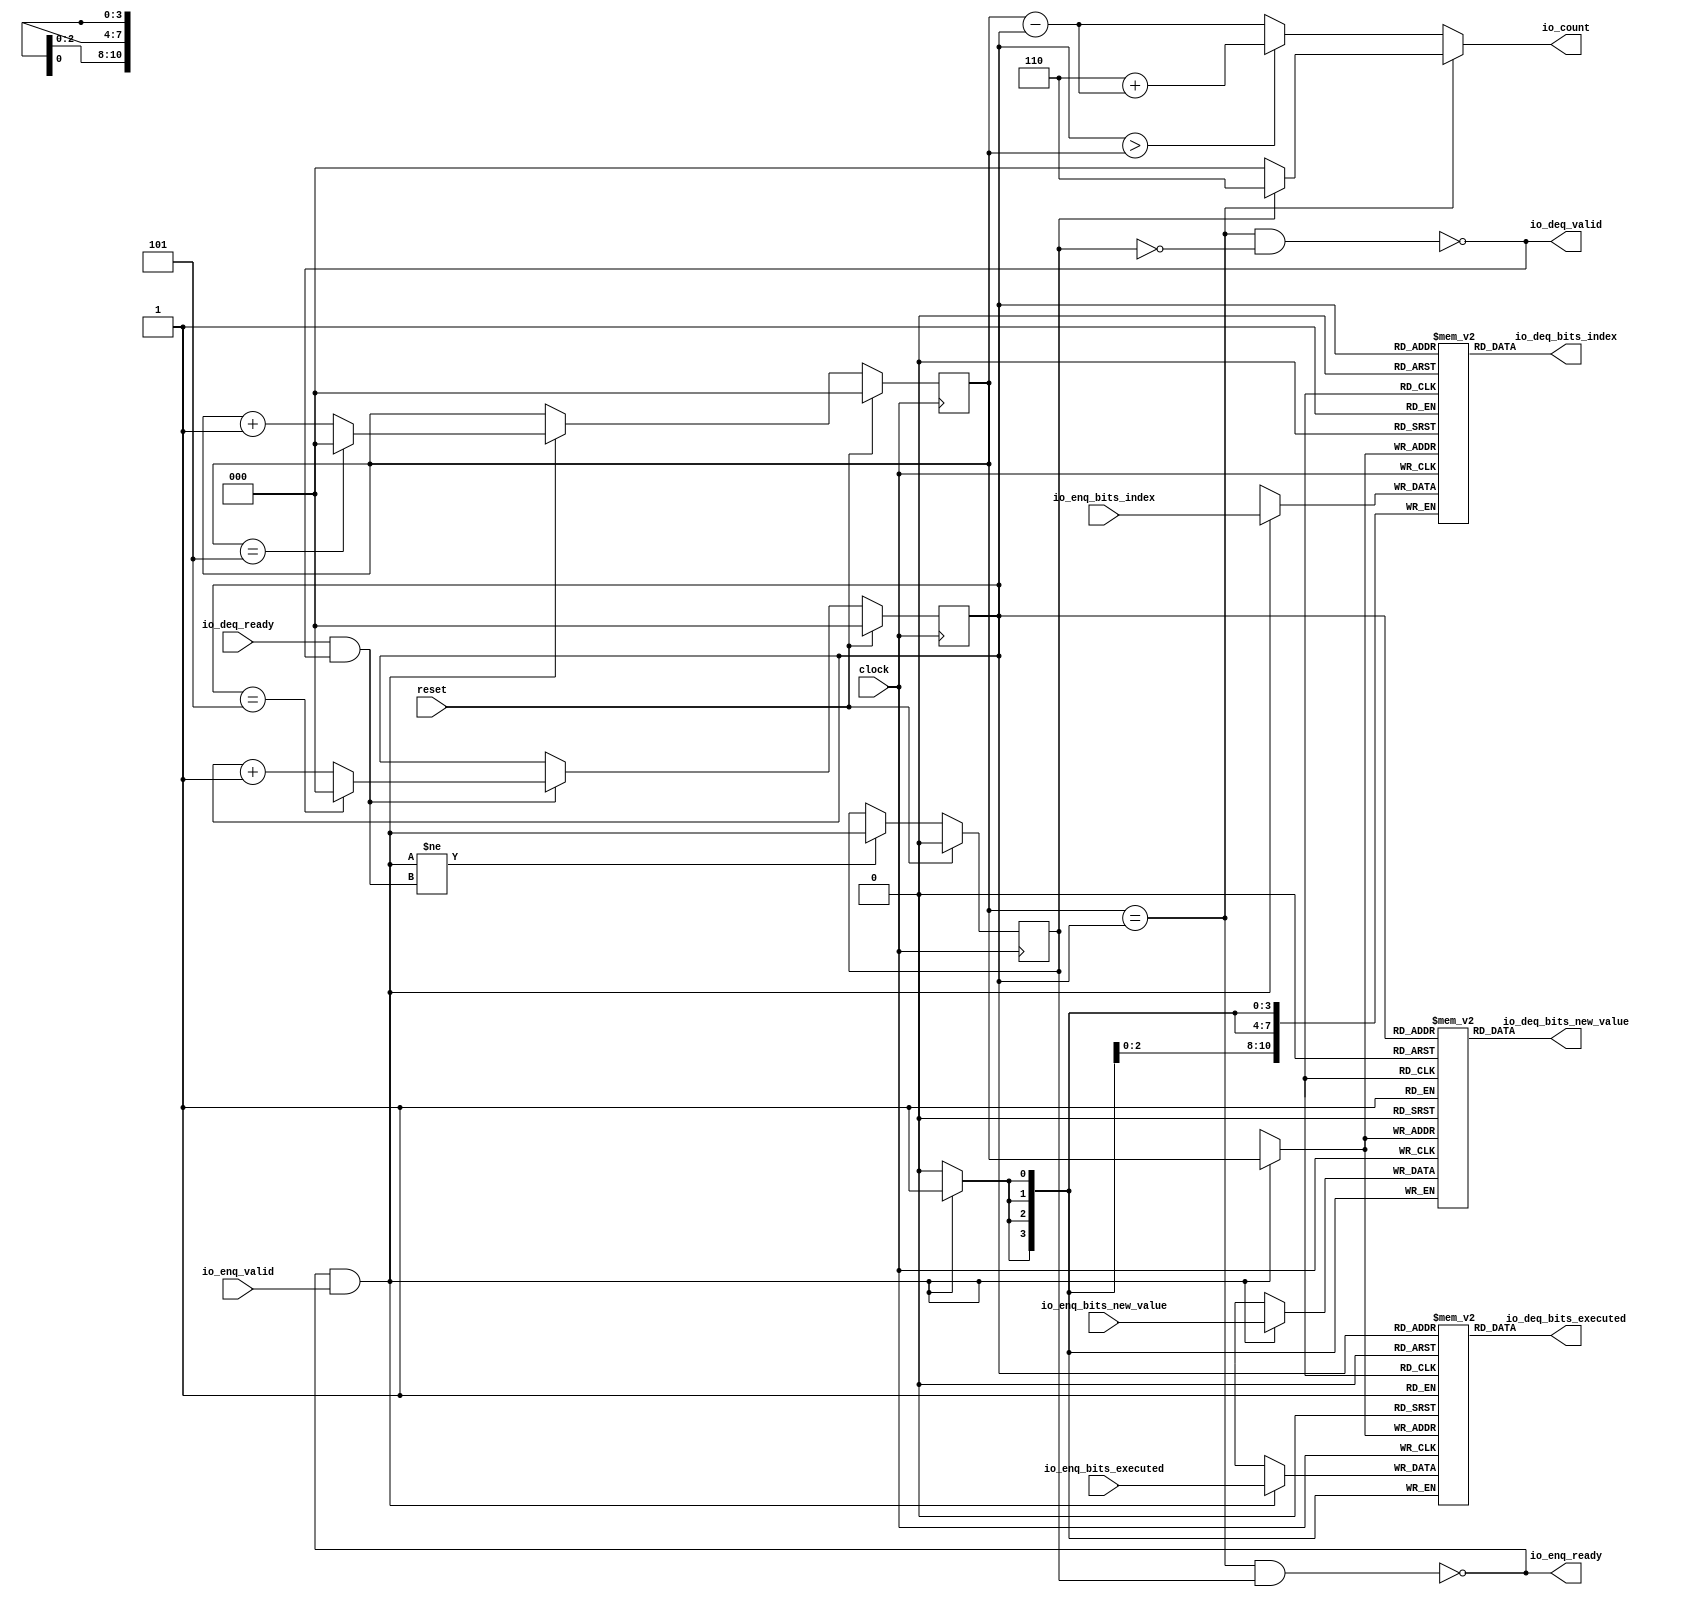
module Queue_41(
  input   clock,
  input   reset,
  output  io_enq_ready,
  input   io_enq_valid,
  input  [10:0] io_enq_bits_index,
  input  [3:0] io_enq_bits_executed,
  input  [3:0] io_enq_bits_new_value,
  input   io_deq_ready,
  output  io_deq_valid,
  output [10:0] io_deq_bits_index,
  output [3:0] io_deq_bits_executed,
  output [3:0] io_deq_bits_new_value,
  output [2:0] io_count
);
  reg [10:0] ram_index [0:5];
  reg [31:0] _GEN_1;
  wire [10:0] ram_index__T_80_data;
  wire [2:0] ram_index__T_80_addr;
  reg [31:0] _GEN_2;
  wire [10:0] ram_index__T_59_data;
  wire [2:0] ram_index__T_59_addr;
  wire  ram_index__T_59_mask;
  wire  ram_index__T_59_en;
  reg [3:0] ram_executed [0:5];
  reg [31:0] _GEN_3;
  wire [3:0] ram_executed__T_80_data;
  wire [2:0] ram_executed__T_80_addr;
  reg [31:0] _GEN_4;
  wire [3:0] ram_executed__T_59_data;
  wire [2:0] ram_executed__T_59_addr;
  wire  ram_executed__T_59_mask;
  wire  ram_executed__T_59_en;
  reg [3:0] ram_new_value [0:5];
  reg [31:0] _GEN_5;
  wire [3:0] ram_new_value__T_80_data;
  wire [2:0] ram_new_value__T_80_addr;
  reg [31:0] _GEN_6;
  wire [3:0] ram_new_value__T_59_data;
  wire [2:0] ram_new_value__T_59_addr;
  wire  ram_new_value__T_59_mask;
  wire  ram_new_value__T_59_en;
  reg [2:0] _T_48;
  reg [31:0] _GEN_11;
  reg [2:0] _T_50;
  reg [31:0] _GEN_12;
  reg  maybe_full;
  reg [31:0] _GEN_13;
  wire  _T_52;
  wire  _T_54;
  wire  _T_55;
  wire  _T_56;
  wire  _T_57;
  wire  do_enq;
  wire  _T_58;
  wire  do_deq;
  wire  _T_64;
  wire [3:0] _T_66;
  wire [2:0] _T_67;
  wire [2:0] _GEN_0;
  wire [2:0] _GEN_7;
  wire  _T_70;
  wire [3:0] _T_72;
  wire [2:0] _T_73;
  wire [2:0] _GEN_8;
  wire [2:0] _GEN_9;
  wire  _T_75;
  wire  _GEN_10;
  wire  _T_77;
  wire  _T_79;
  wire [3:0] _T_84;
  wire [2:0] _T_85;
  wire [2:0] _T_88;
  wire  _T_89;
  wire [3:0] _T_91;
  wire [2:0] _T_92;
  wire [2:0] _T_93;
  wire [2:0] _T_94;
  assign io_enq_ready = _T_79;
  assign io_deq_valid = _T_77;
  assign io_deq_bits_index = ram_index__T_80_data;
  assign io_deq_bits_executed = ram_executed__T_80_data;
  assign io_deq_bits_new_value = ram_new_value__T_80_data;
  assign io_count = _T_94;
  assign ram_index__T_80_addr = _T_50;
  `ifndef RANDOMIZE_GARBAGE_ASSIGN
  assign ram_index__T_80_data = ram_index[ram_index__T_80_addr];
  `else
  assign ram_index__T_80_data = ram_index__T_80_addr >= 3'h6 ? _GEN_2[10:0] : ram_index[ram_index__T_80_addr];
  `endif
  assign ram_index__T_59_data = io_enq_bits_index;
  assign ram_index__T_59_addr = _T_48;
  assign ram_index__T_59_mask = do_enq;
  assign ram_index__T_59_en = do_enq;
  assign ram_executed__T_80_addr = _T_50;
  `ifndef RANDOMIZE_GARBAGE_ASSIGN
  assign ram_executed__T_80_data = ram_executed[ram_executed__T_80_addr];
  `else
  assign ram_executed__T_80_data = ram_executed__T_80_addr >= 3'h6 ? _GEN_4[3:0] : ram_executed[ram_executed__T_80_addr];
  `endif
  assign ram_executed__T_59_data = io_enq_bits_executed;
  assign ram_executed__T_59_addr = _T_48;
  assign ram_executed__T_59_mask = do_enq;
  assign ram_executed__T_59_en = do_enq;
  assign ram_new_value__T_80_addr = _T_50;
  `ifndef RANDOMIZE_GARBAGE_ASSIGN
  assign ram_new_value__T_80_data = ram_new_value[ram_new_value__T_80_addr];
  `else
  assign ram_new_value__T_80_data = ram_new_value__T_80_addr >= 3'h6 ? _GEN_6[3:0] : ram_new_value[ram_new_value__T_80_addr];
  `endif
  assign ram_new_value__T_59_data = io_enq_bits_new_value;
  assign ram_new_value__T_59_addr = _T_48;
  assign ram_new_value__T_59_mask = do_enq;
  assign ram_new_value__T_59_en = do_enq;
  assign _T_52 = _T_48 == _T_50;
  assign _T_54 = maybe_full == 1'h0;
  assign _T_55 = _T_52 & _T_54;
  assign _T_56 = _T_52 & maybe_full;
  assign _T_57 = io_enq_ready & io_enq_valid;
  assign do_enq = _T_57;
  assign _T_58 = io_deq_ready & io_deq_valid;
  assign do_deq = _T_58;
  assign _T_64 = _T_48 == 3'h5;
  assign _T_66 = _T_48 + 3'h1;
  assign _T_67 = _T_66[2:0];
  assign _GEN_0 = _T_64 ? 3'h0 : _T_67;
  assign _GEN_7 = do_enq ? _GEN_0 : _T_48;
  assign _T_70 = _T_50 == 3'h5;
  assign _T_72 = _T_50 + 3'h1;
  assign _T_73 = _T_72[2:0];
  assign _GEN_8 = _T_70 ? 3'h0 : _T_73;
  assign _GEN_9 = do_deq ? _GEN_8 : _T_50;
  assign _T_75 = do_enq != do_deq;
  assign _GEN_10 = _T_75 ? do_enq : maybe_full;
  assign _T_77 = _T_55 == 1'h0;
  assign _T_79 = _T_56 == 1'h0;
  assign _T_84 = _T_48 - _T_50;
  assign _T_85 = _T_84[2:0];
  assign _T_88 = maybe_full ? 3'h6 : 3'h0;
  assign _T_89 = _T_50 > _T_48;
  assign _T_91 = 3'h6 + _T_85;
  assign _T_92 = _T_91[2:0];
  assign _T_93 = _T_89 ? _T_92 : _T_85;
  assign _T_94 = _T_52 ? _T_88 : _T_93;
`ifdef RANDOMIZE
  integer initvar;
  initial begin
    `ifndef verilator
      #0.002 begin end
    `endif
  _GEN_1 = {1{$random}};
  `ifdef RANDOMIZE_MEM_INIT
  for (initvar = 0; initvar < 6; initvar = initvar+1)
    ram_index[initvar] = _GEN_1[10:0];
  `endif
  _GEN_2 = {1{$random}};
  _GEN_3 = {1{$random}};
  `ifdef RANDOMIZE_MEM_INIT
  for (initvar = 0; initvar < 6; initvar = initvar+1)
    ram_executed[initvar] = _GEN_3[3:0];
  `endif
  _GEN_4 = {1{$random}};
  _GEN_5 = {1{$random}};
  `ifdef RANDOMIZE_MEM_INIT
  for (initvar = 0; initvar < 6; initvar = initvar+1)
    ram_new_value[initvar] = _GEN_5[3:0];
  `endif
  _GEN_6 = {1{$random}};
  `ifdef RANDOMIZE_REG_INIT
  _GEN_11 = {1{$random}};
  _T_48 = _GEN_11[2:0];
  `endif
  `ifdef RANDOMIZE_REG_INIT
  _GEN_12 = {1{$random}};
  _T_50 = _GEN_12[2:0];
  `endif
  `ifdef RANDOMIZE_REG_INIT
  _GEN_13 = {1{$random}};
  maybe_full = _GEN_13[0:0];
  `endif
  end
`endif
  always @(posedge clock) begin
    if(ram_index__T_59_en & ram_index__T_59_mask) begin
      ram_index[ram_index__T_59_addr] <= ram_index__T_59_data;
    end
    if(ram_executed__T_59_en & ram_executed__T_59_mask) begin
      ram_executed[ram_executed__T_59_addr] <= ram_executed__T_59_data;
    end
    if(ram_new_value__T_59_en & ram_new_value__T_59_mask) begin
      ram_new_value[ram_new_value__T_59_addr] <= ram_new_value__T_59_data;
    end
    if (reset) begin
      _T_48 <= 3'h0;
    end else begin
      if (do_enq) begin
        _T_48 <= _GEN_0;
      end
    end
    if (reset) begin
      _T_50 <= 3'h0;
    end else begin
      if (do_deq) begin
        _T_50 <= _GEN_8;
      end
    end
    if (reset) begin
      maybe_full <= 1'h0;
    end else begin
      if (_T_75) begin
        maybe_full <= do_enq;
      end
    end
  end
endmodule